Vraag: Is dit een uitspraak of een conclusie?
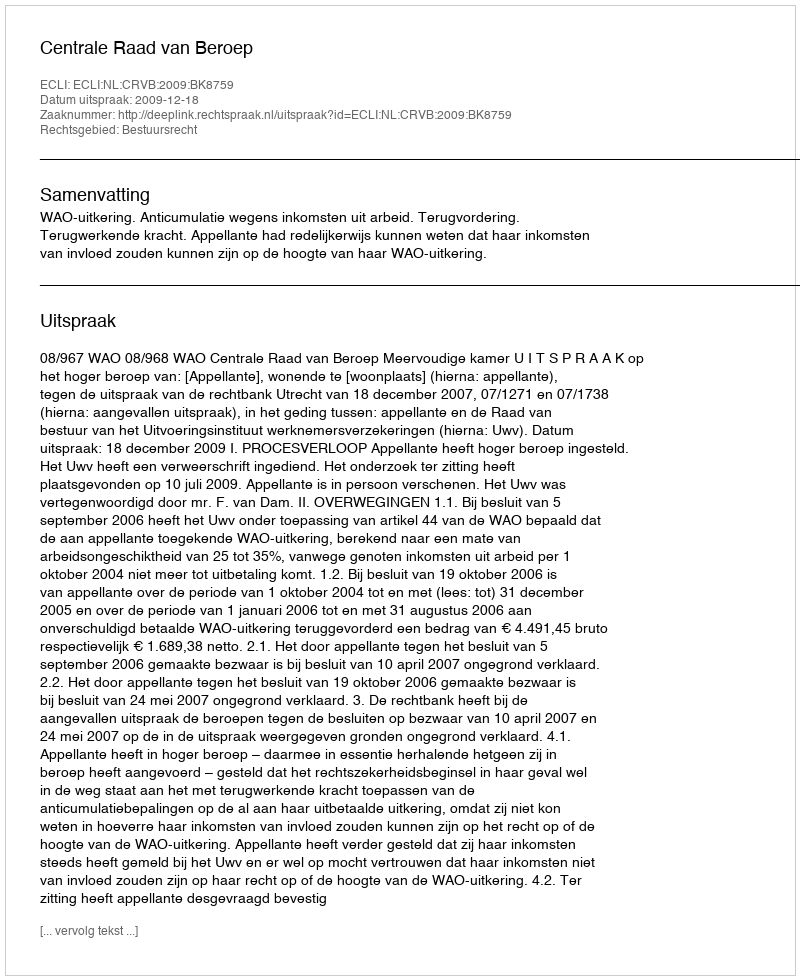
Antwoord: Uitspraak